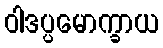
ဝါဒပ္ပမောက္ခာယ